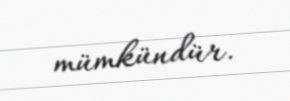
mümkündür.